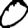
Digit: 0